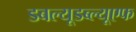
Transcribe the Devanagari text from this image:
डबल्यूडब्ल्यूएफ